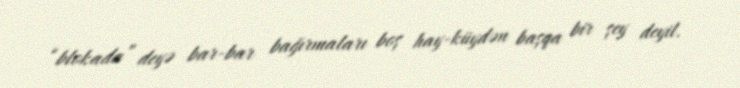
“blokada” deyə bar-bar bağırmaları boş hay-küydən başqa bir şey deyil.